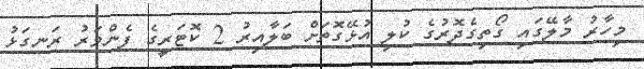
މިހާރު މާލޭގައި ގޯތިގެދޮރުގެ ކުލި އުޅޭގޮތަށް ބަލާއިރު 2 ކޮޓަރީގެ ފެންވަރު ރަނގަޅު